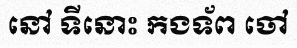
នៅ ទីនោះ កងទ័ព ចៅ